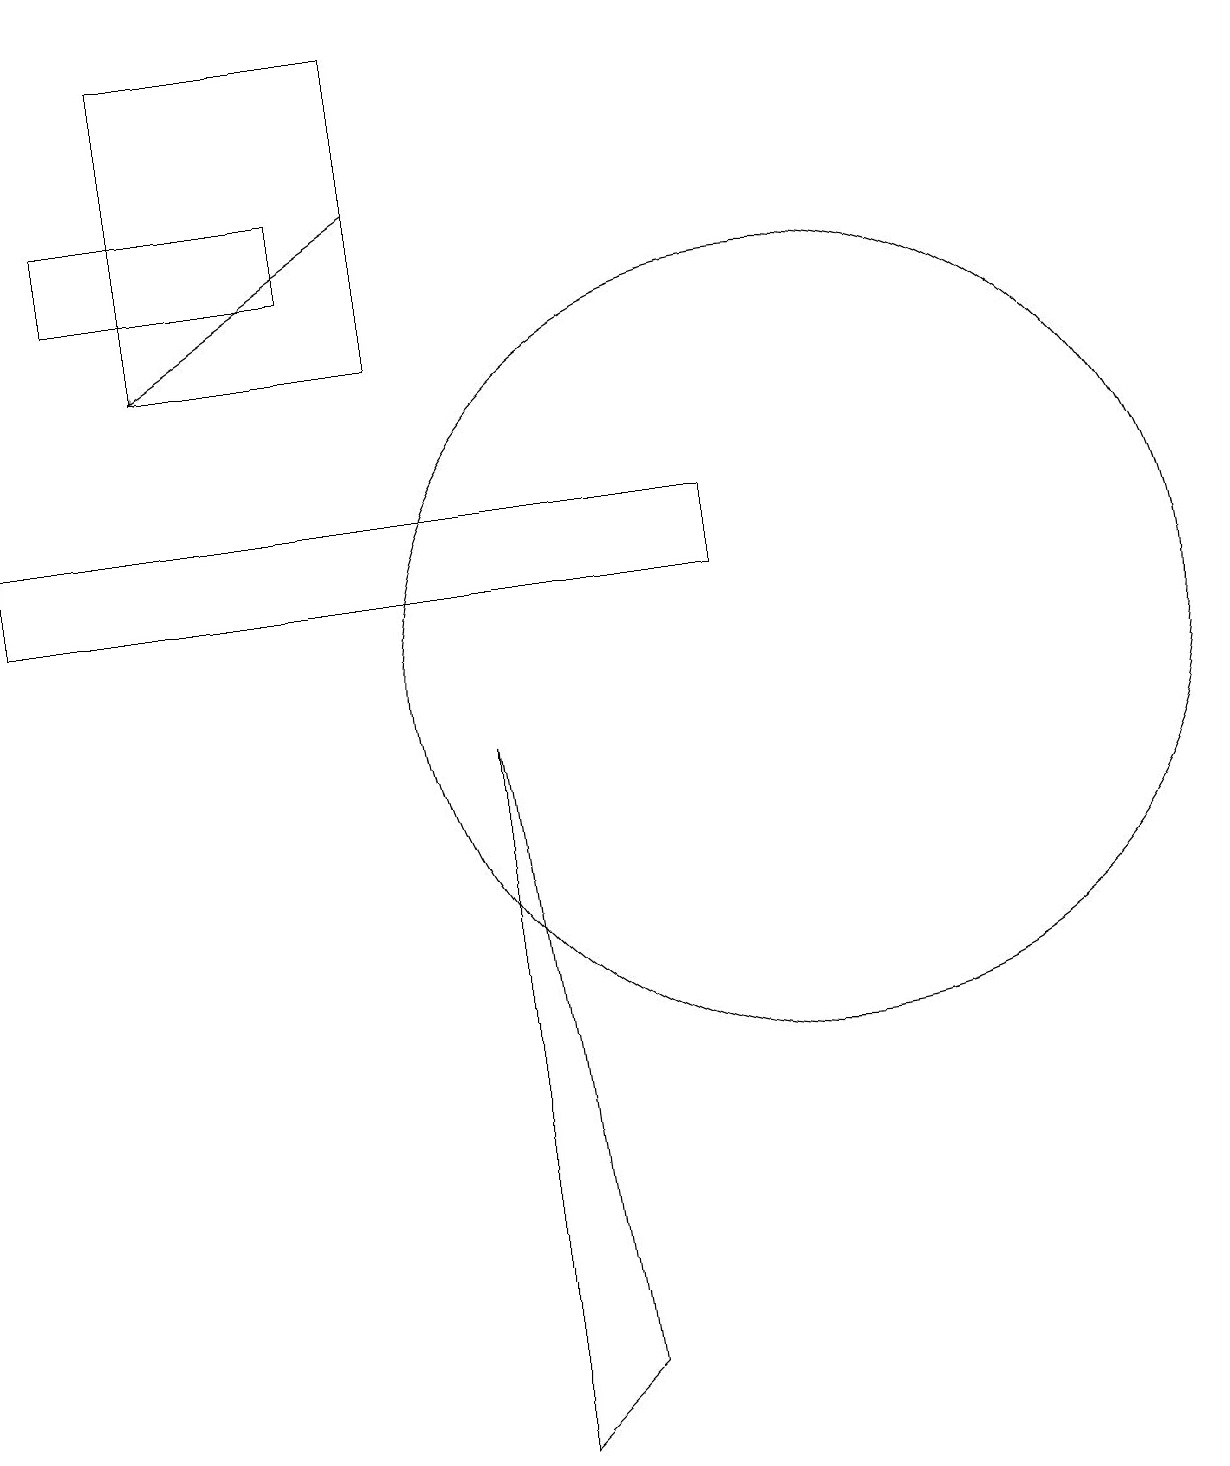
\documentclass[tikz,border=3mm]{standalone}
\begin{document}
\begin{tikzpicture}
\draw (7,1) -- (6,0) -- (6,9) -- cycle;
\draw (4,16) rectangle (1,15);
\draw[->] (5,16) -- (2,14);
\draw (10,10) circle (5);
\draw (0,12) rectangle (9,11);
\draw (5,18) rectangle (2,14);
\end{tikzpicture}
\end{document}